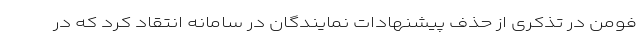
فومن در تذکری از حذف پیشنهادات نمایندگان در سامانه انتقاد کرد که در